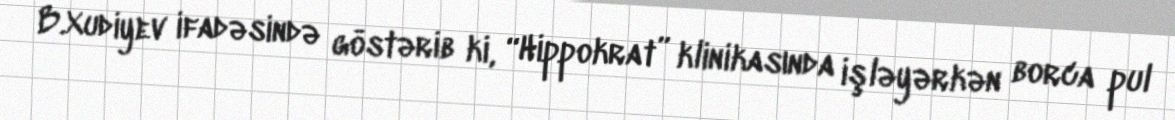
B.Xudiyev ifadəsində göstərib ki, “Hippokrat” klinikasında işləyərkən borca pul